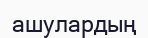
ашулардың